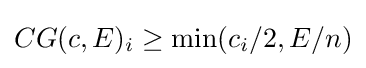
CG(c,E)_{i}\geq \min(c_{i}/2,E/n)